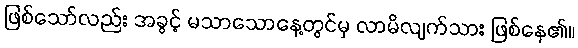
ဖြစ်သော်လည်း အခွင့် မသာသောနေ့တွင်မှ လာမိလျက်သား ဖြစ်နေ၏။